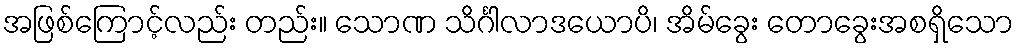
အဖြစ်ကြောင့်လည်း တည်း။ သောဏ သိင်္ဂါလာဒယောပိ၊ အိမ်ခွေး တောခွေးအစရှိသော